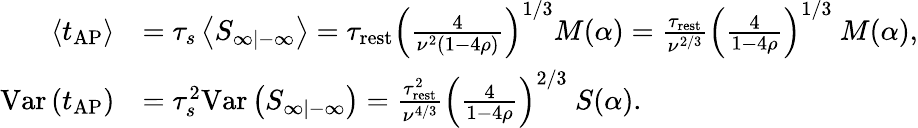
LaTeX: \begin{array}{rl}{\left\langle t_{\mathrm{AP}}\right\rangle}&{=\tau_{s}\left\langle S_{\infty|-\infty}\right\rangle=\tau_{\mathrm{rest}}\left(\frac{4}{\nu^{2}(1-4\rho)}\right)^{1/3}M(\alpha)=\frac{\tau_{\mathrm{rest}}}{\nu^{2/3}}\left(\frac{4}{1-4\rho}\right)^{1/3}\ M(\alpha),}\\ {\mathrm{Var}\left(t_{\mathrm{AP}}\right)}&{=\tau_{s}^{2}\mathrm{Var}\left(S_{\infty|-\infty}\right)=\frac{\tau_{\mathrm{rest}}^{2}}{\nu^{4/3}}\left(\frac{4}{1-4\rho}\right)^{2/3}\ S(\alpha).}\end{array}